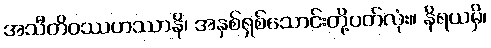
အသီတိဝဿဟဿာနိ၊ အနှစ်ရှစ်သောင်းတို့ပတ်လုံး။ နိရယမှိ၊